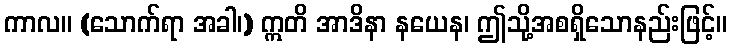
ကာလ။ (သောက်ရာ အခါ၊) ဣတိ အာဒိနာ နယေန၊ ဤသို့အစရှိသောနည်းဖြင့်။